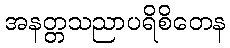
အနတ္တသညာပရိစိတေန